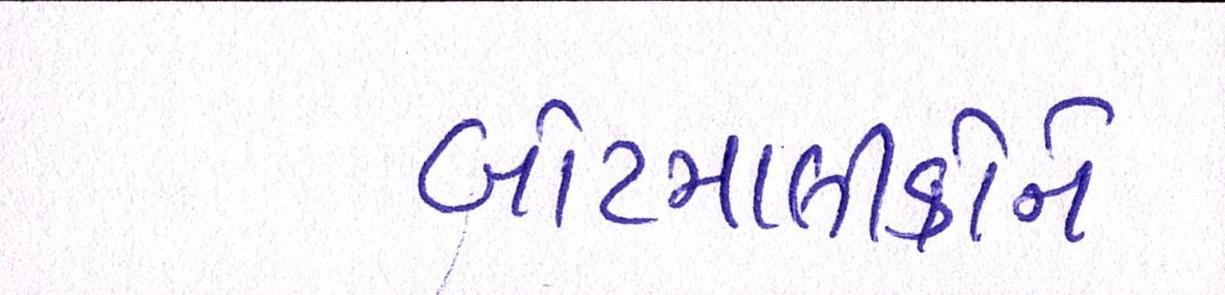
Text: બોટમાલીકોને